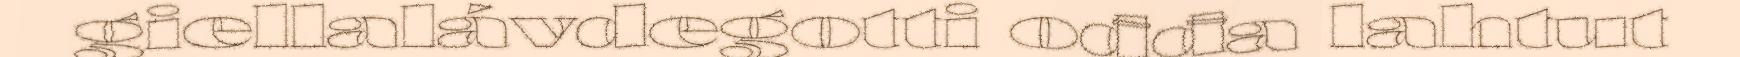
giellalávdegotti ođđa lahtut